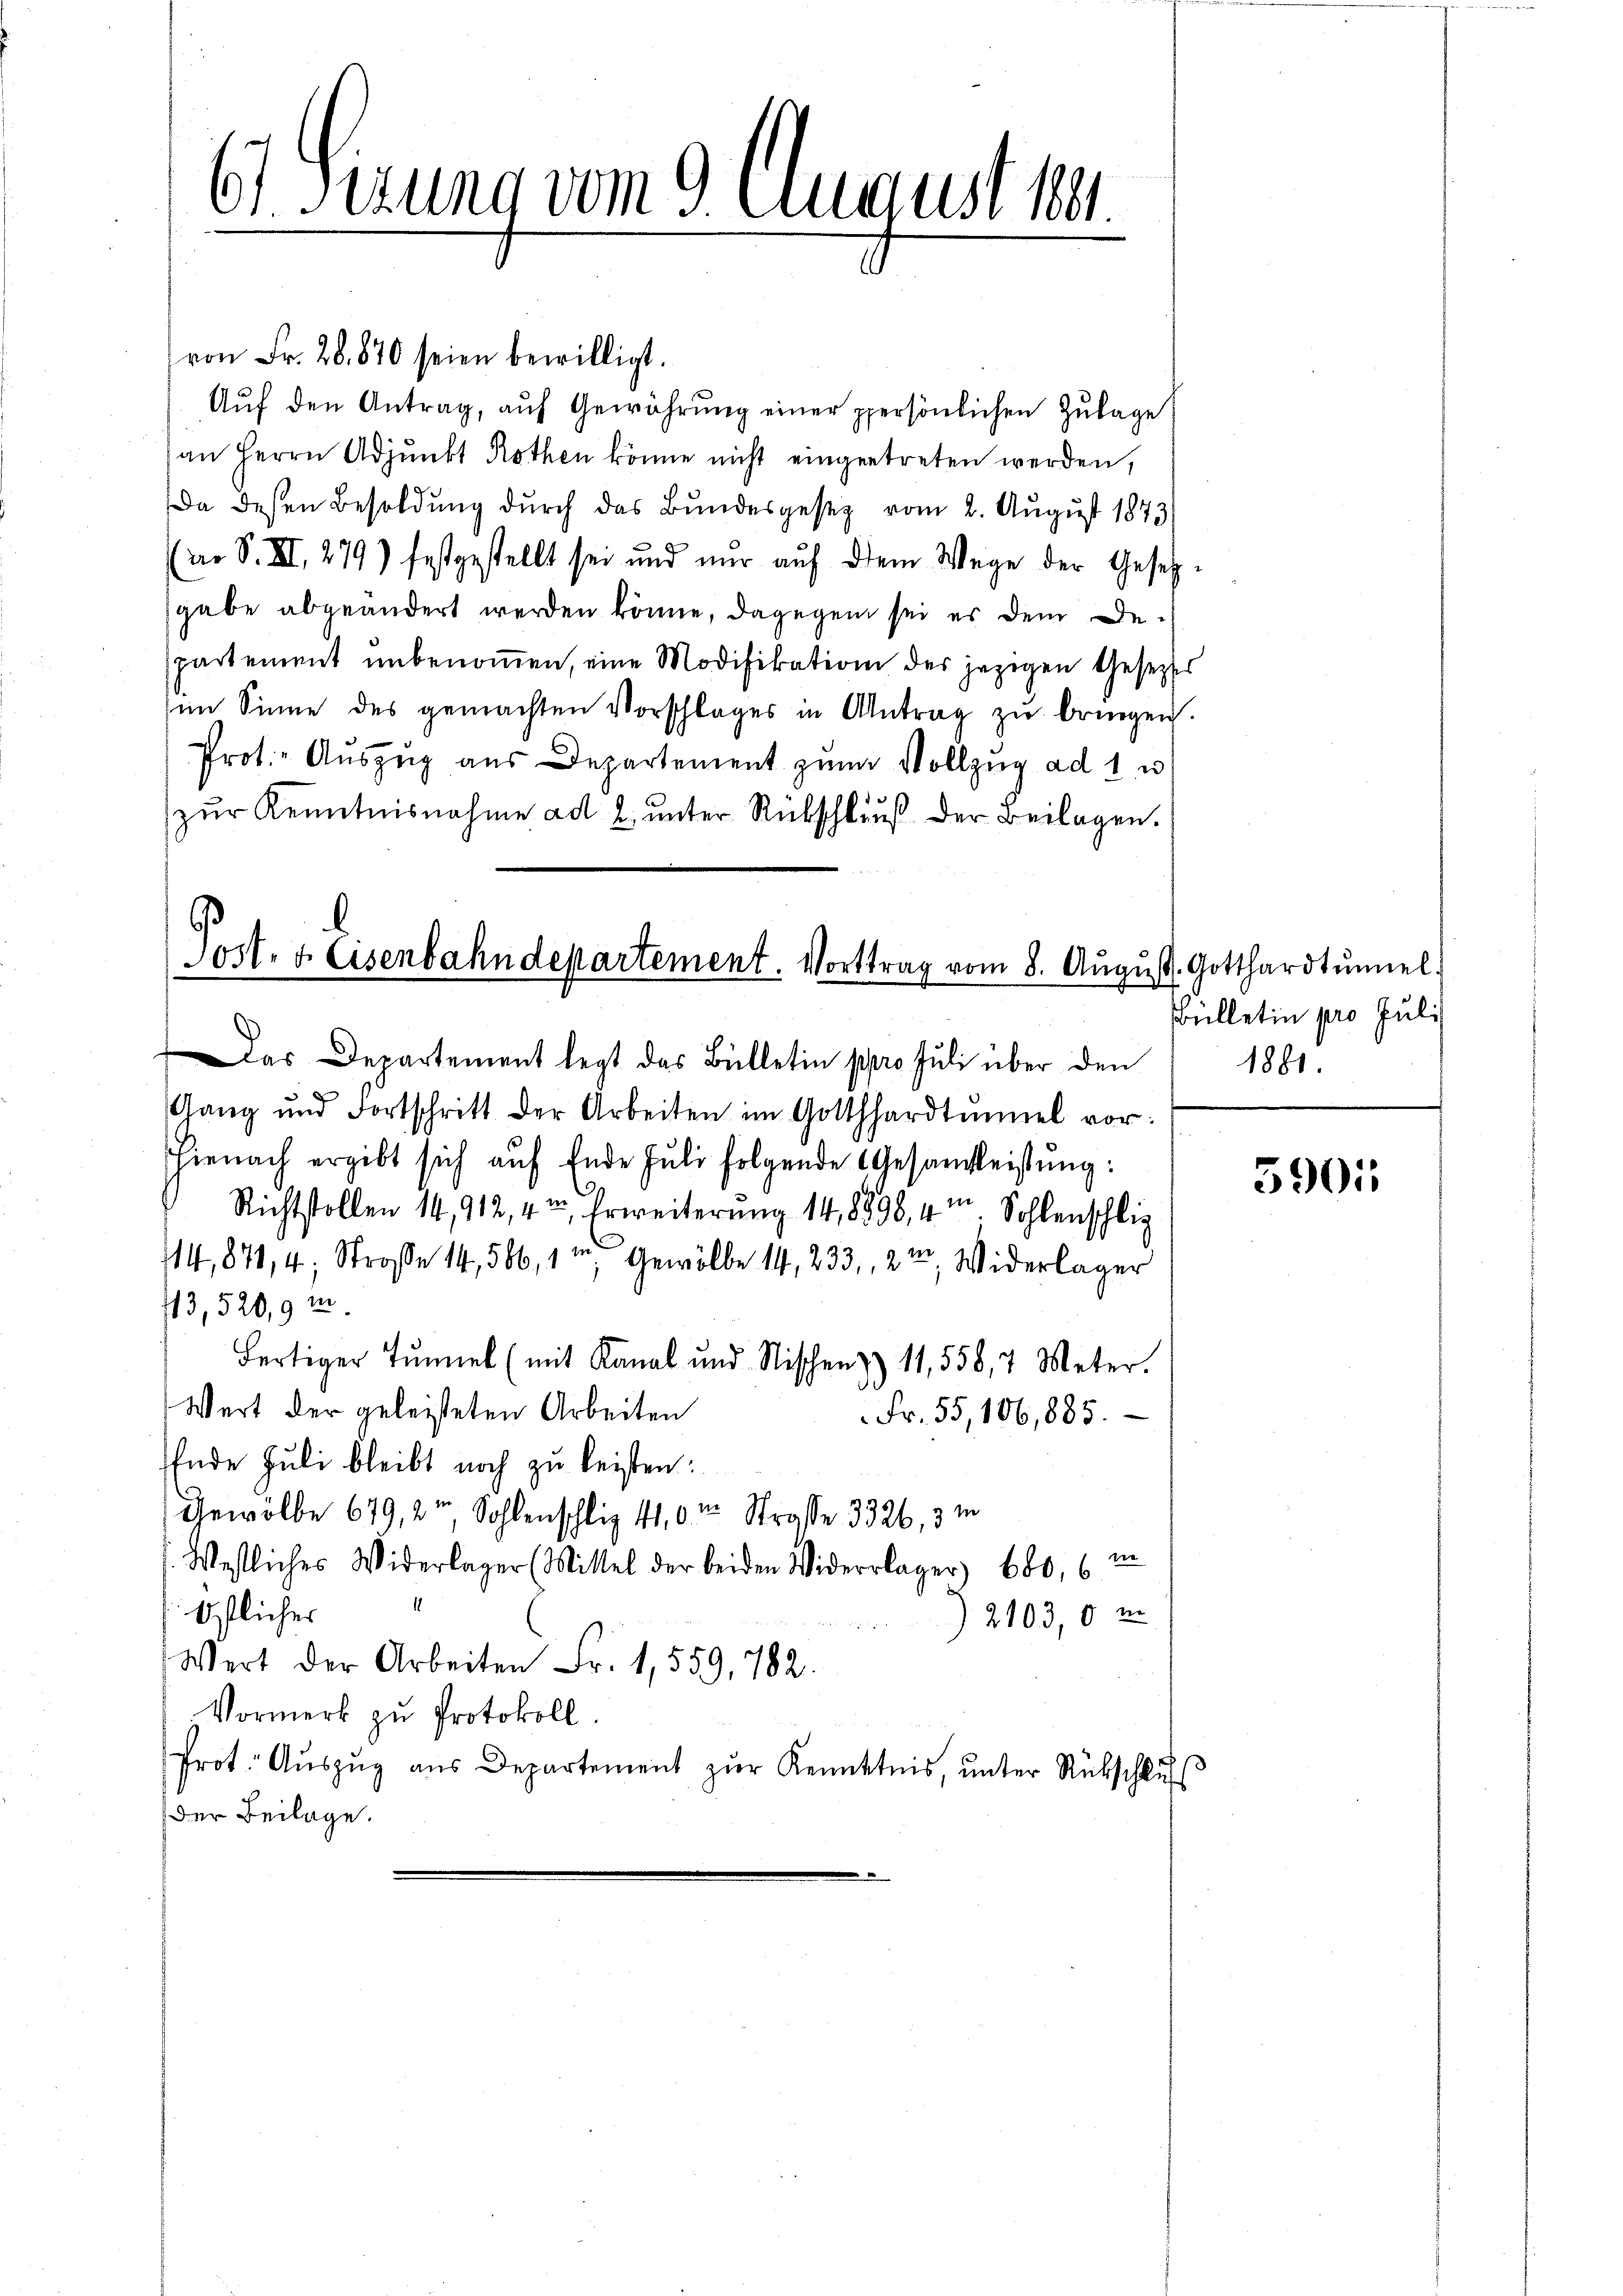
6) Sizung vom 9. August 18

von Fr. 28. 870 seien bewilligt.
Aŭf den Antrag, auf Gewährŭng einer ppersönlichen Zulage
an Herrn Adjunkt Rothen könne nicht eingetreten werden,
Da dessen Besoldung durch das Bundesgesez vom 2. August 1873
ao S. XI, 279) festgestellt sei und nur auf dem Wege der Gesetzgabe abgeändert werden könne, dagegen sei es dem Departement unbenommen, eine Modifikation des jezigen Gesetztes
im Sinne des gemachten Vorschlages in Antrag zŭ bringen.
Prot. Auszug aus Departement zum Vollzug ad 1 u
zŭr Kenntnisnahme ad 2. ŭnter Rückschlŭβ der Beilagen.

Gang und Fortschritt der Arbeiten im Gotthardtŭmel vor:
hienach ergibt sich aŭf Ende Juli folgende Gesandleistŭng:
Richtstollen 14, 912, 4t, Erweiterung 14,8898, 4. Sohlenschlig
14,871, 4, Straße 14, 566, 1, Gewölbe 14, 233, 2te Widerlager
43, 520,9 m
Fertiger Tunnel (mit Kanal und Nischen & 11,558,7 Meter.
Wert der geleisteten Arbeiten
Fr. 55, 106,885.
Ende Juli bleibt noch zu leisten:
Gewölbe 679, 2ten Sohlenschlig 410 in Straße 3326, 3 m
Westliches Widerlager (Mittel der beiden Widerlager 600, (in
Ostlicher
2103, 0 m
Wert der Arbeiten Fr. 1,559, 782.
Vormerk zu Protokoll.
Prot. Aŭszŭg aŭs Departement zŭr Kenntnis, ŭnter Rückschlŭss
der Beilage.

Port. 7. Eisenbahndepartement. Vorttrag vom 8. Aŭgŭst Gotthardtŭmel
Das Departement legt das Bülletin pro Juli über den

Bülletin pro Juli
1881.

5901